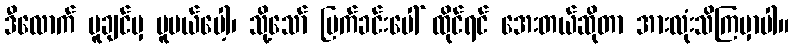
ဒီလောက် ပူချင်မှ ပူမယ်ပေါ့၊ သို့သော် မြက်ခင်းပေါ် ထိုင်ရင် အေးတယ်ဆိုတာ အားလုံးသိကြမှာပါ။